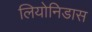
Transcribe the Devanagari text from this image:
लियोनिडास